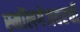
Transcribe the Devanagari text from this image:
स्मॉलगेजवरची